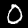
Digit: 0